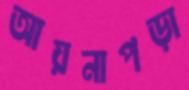
আয়নাপড়া